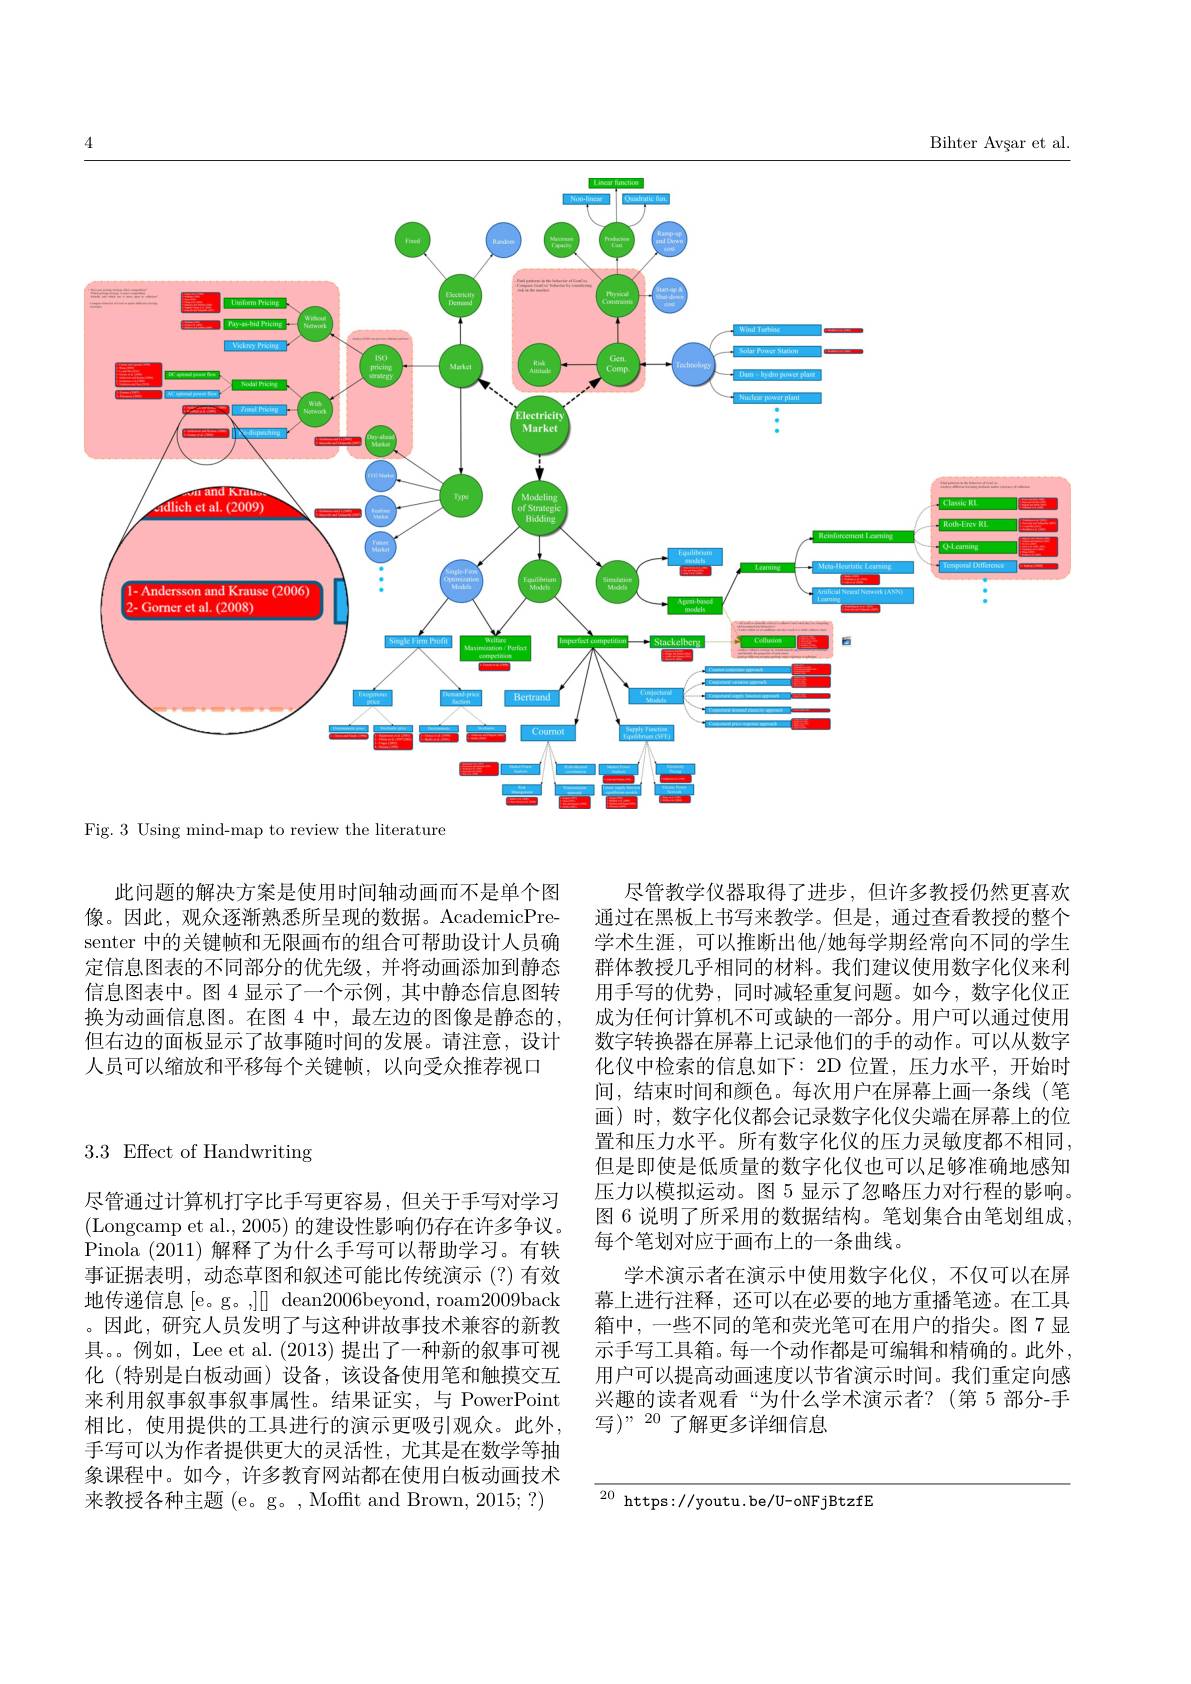
Bihter Avșar et al.
<FigureHere>

Using mind-map to review the literature

此问题的解决方案是使用时间轴动画而不是单个图像。因此，观众逐渐熟悉所呈现的数据。AcademicPresenter 中的关键帧和无限画布的组合可帮助设计人员确定信息图表的不同部分的优先级，并将动画添加到静态信息图表中。图 4 显示了一个示例，其中静态信息图转换为动画信息图。在图 4 中，最左边的图像是静态的但右边的面板显示了故事随时间的发展。请注意，设计人员可以缩放和平移每个关键帧，以向受众推荐视口

3.3 Effect of Handwriting

尽管教学仪器取得了进步，但许多教授仍然更喜欢通过在黑板上书写来教学。但是，通过查看教授的整个学术生涯，可以推断出他/她每学期经常向不同的学生群体教授几乎相同的材料。我们建议使用数字化仪来利用手写的优势，同时减轻重复问题。如今，数字化仪正成为任何计算机不可或缺的一部分。用户可以通过使用数字转换器在屏幕上记录他们的手的动作。可以从数字化仪中检索的信息如下：2D 位置，压力水平，开始时间，结束时间和颜色。每次用户在屏幕上画一条线(笔画)时，数字化仪都会记录数字化仪尖端在屏幕上的位置和压力水平。所有数字化仪的压力灵敏度都不相同， 但是即使是低质量的数字化仪也可以足够准确地感知压力以模拟运动。图 5 显示了忽略压力对行程的影响。图 6 说明了所采用的数据结构。笔划集合由笔划组成， 每个笔划对应于画布上的一条曲线。
学术演示者在演示中使用数字化仪，不仅可以在屏幕上进行注释，还可以在必要的地方重播笔迹。在工具箱中，一些不同的笔和荧光笔可在用户的指尖。图 7 显示手写工具箱。每一个动作都是可编辑和精确的。此外， 用户可以提高动画速度以节省演示时间。我们重定向感兴趣的读者观看“为什么学术演示者？(第 5 部分-手写$)^{,,,}$ 20 了解更多详细信息

尽管通过计算机打字比手写更容易，但关于手写对学习(Longcamp et al., 2005) 的建设性影响仍存在许多争议。Pinola (2011)解释了为什么手写可以帮助学习。有轶事证据表明，动态草图和叙述可能比传统演示(?)有效地传递信息 [e。g。,]] dean2006beyond, roam2009back 。因此，研究人员发明了与这种讲故事技术兼容的新教具。。例如，Lee et al. (2013)提出了一种新的叙事可视化 (特别是白板动画)设备，该设备使用笔和触摸交互来利用叙事叙事叙事属性。结果证实，与 PowerPoint 相比，使用提供的工具进行的演示更吸引观众。此外， 手写可以为作者提供更大的灵活性，尤其是在数学等抽象课程中。如今，许多教育网站都在使用白板动画技术来教授各种主题 (e。g。, Mofft and Brown, 2015; ?)

$\frac{20\:\mathrm{https://youtu.be/U-oNFjBtzfE}}{20\:\mathrm{https://youtu.be/U-oNFjBtzfE}}$